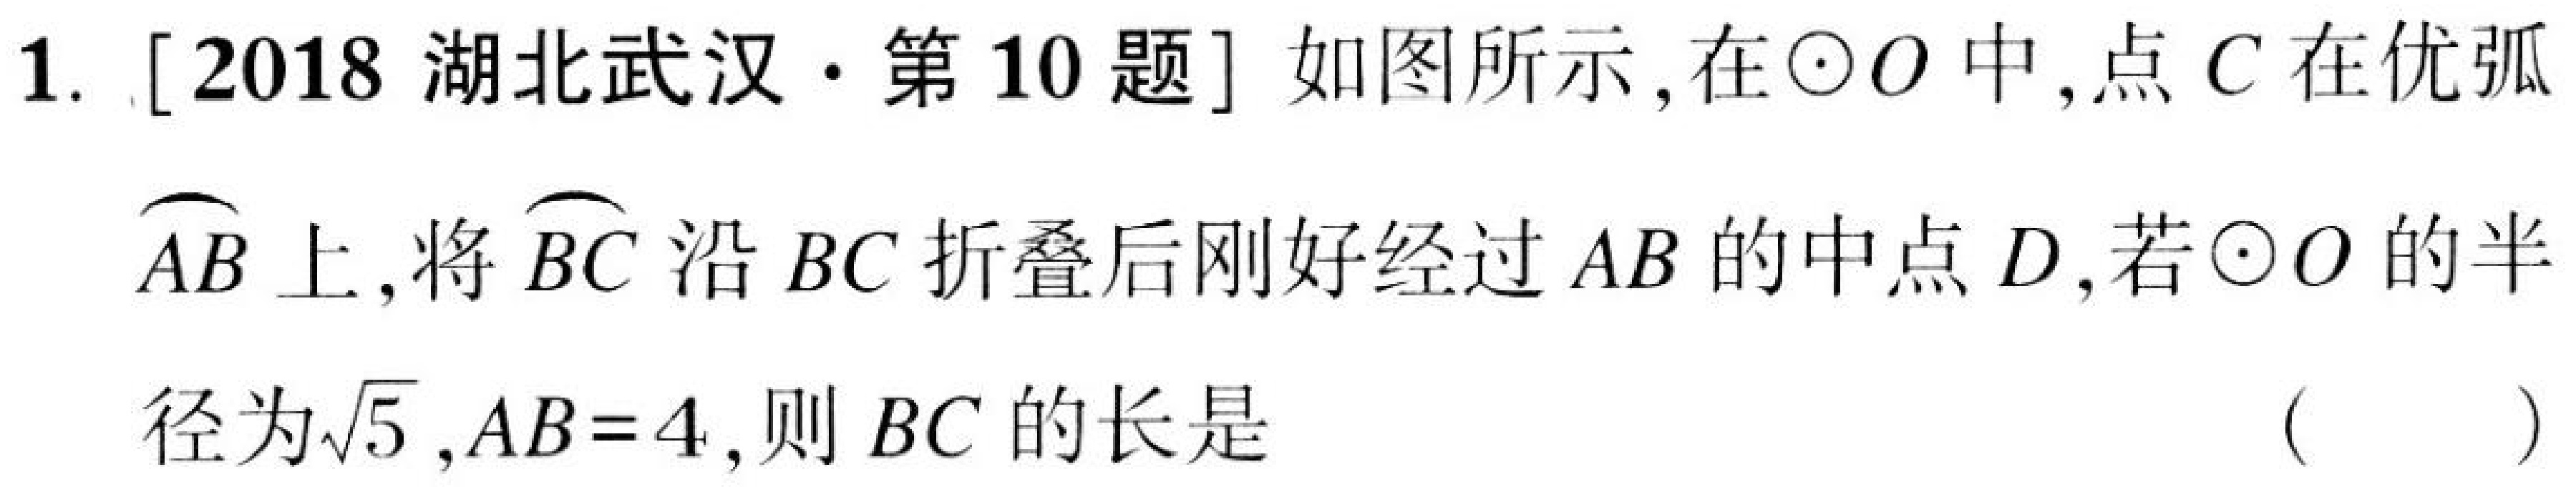
1. [2018湖北武汉·第10题] 如图所示，在$\odot O$中，点$C$在优弧
$\overset{\frown}{AB}$上，将$\overset{\frown}{BC}$沿$BC$折叠后刚好经过$AB$的中点$D$，若$\odot O$的半
径为$\sqrt{5}$，$AB = 4$，则$BC$的长是 （  ）